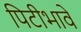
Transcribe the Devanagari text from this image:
पिटीभावे